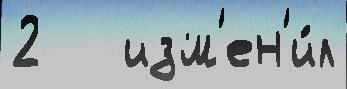
2   изм'ен'и́л